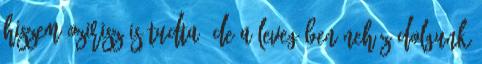
hiszem Ozirisz is tudta. De a levegőben nehéz dolgunk